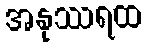
အနုဿရထ